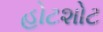
હોટશોટ